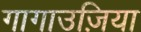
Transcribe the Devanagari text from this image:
गागाउज़िया